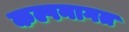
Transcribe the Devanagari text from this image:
कल्पनागत